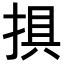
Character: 𢮭